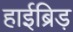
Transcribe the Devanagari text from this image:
हाईब्रिड़